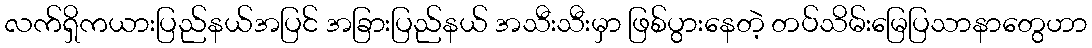
လက်ရှိကယားပြည်နယ်အပြင် အခြားပြည်နယ် အသီးသီးမှာ ဖြစ်ပွားနေတဲ့ တပ်သိမ်းမြေပြသာနာတွေဟာ